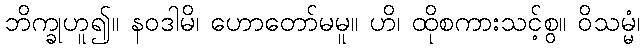
ဘိက္ခုဟူ၍။ နဝဒါမိ၊ ဟောတော်မမူ။ ဟိ၊ ထိုစကားသင့်စွ။ ဝိသမ္မံ၊